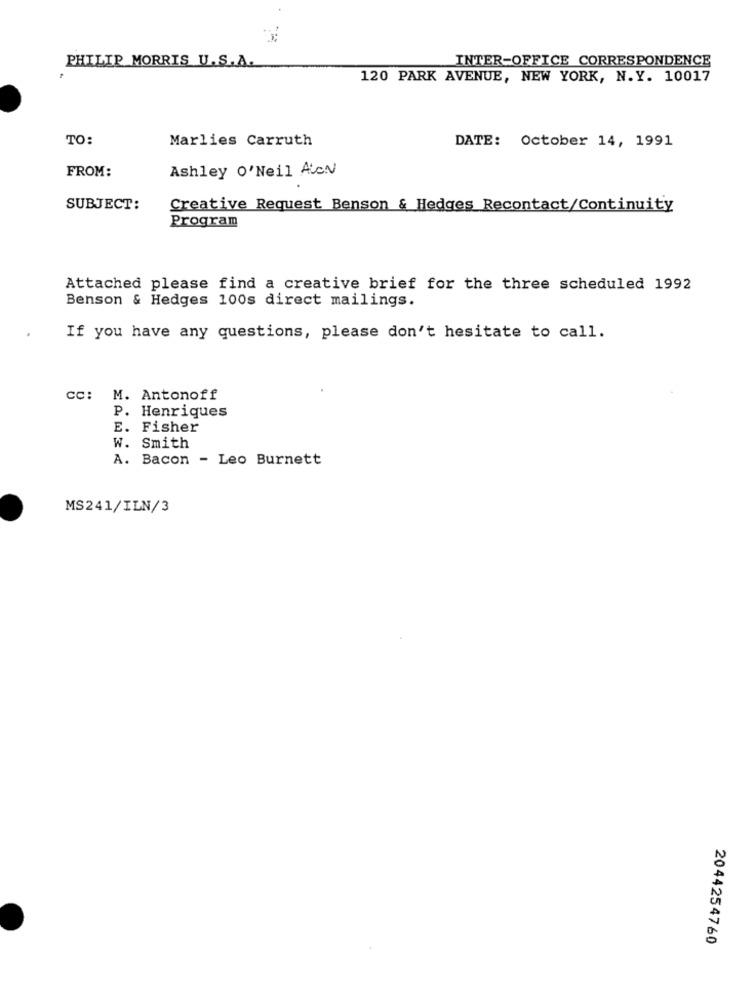
PHILIP MORRIS U.S.A.
INTER-OFFICE CORRESPONDENCE
120 PARK AVENUE, NEW YORK, N.Y. 10017
TO:
Marlies Carruth
DATE: October 14, 1991
FROM:
Ashley O'Neil AcN
SUBJECT:
Creative Request Benson & Hedges Recontact/Continuity
Program
Attached please find a creative brief for the three scheduled 1992
Benson & Hedges 100s direct mailings.
If you have any questions, please don't hesitate to call.
CC: M. Antonoff
P. Henriques
E. Fisher
W. Smith
A. Bacon - Leo Burnett
MS241/ILN/3
2044254760